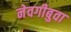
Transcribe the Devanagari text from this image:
नेवगीबुवा